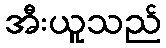
အီးယူသည်